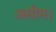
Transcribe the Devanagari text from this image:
असीम।